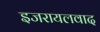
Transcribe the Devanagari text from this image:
इजरायलवाद